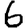
Digit: 6